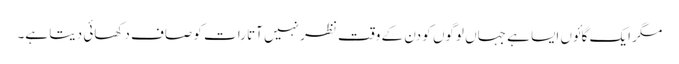
مگر ایک گائوں ایسا ہے جہاں لوگوں کو دن کے وقت نظر نہیں آتا رات کو صاف دکھائی دیتا ہے۔